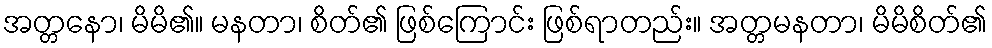
အတ္တနော၊ မိမိ၏။ မနတာ၊ စိတ်၏ ဖြစ်ကြောင်း ဖြစ်ရာတည်း။ အတ္တမနတာ၊ မိမိစိတ်၏